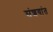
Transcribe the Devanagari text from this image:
संशयांत